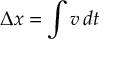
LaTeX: \Delta x = \int v \, d t